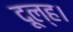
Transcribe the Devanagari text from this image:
दूल्ह।